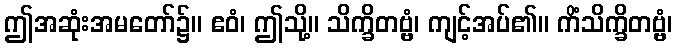
ဤအဆုံးအမတော်၌။ ဧဝံ၊ ဤသို့။ သိက္ခိတဗ္ဗံ၊ ကျင့်အပ်၏။ ကိံသိက္ခိတဗ္ဗံ၊